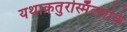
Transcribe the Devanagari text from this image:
यथाक्रतुरस्मिँल्लोके